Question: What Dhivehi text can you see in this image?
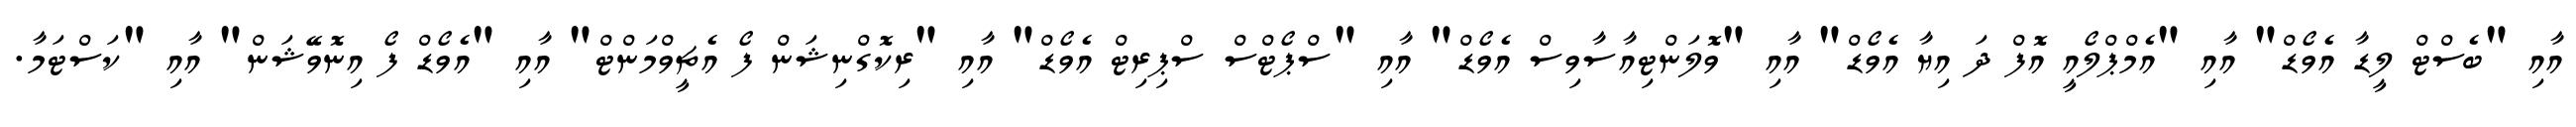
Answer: އާއި "ބެސްޓް ލީޑާ އެވޯޑް" އާއި "އެމްޕްލޯއީ އޮފް ދަ އިޔާ އެވޯޑް" އާއި "ވޮލަންޓިއާސާވިސް އެވޯޑް" އާއި "ސްޕޯޓްސް ސްޕިރިޓް އެވޯޑް" އާއި "ރިކޮގްނިޝަން ފޯ އެޗީވްމަންޓް" އާއި "އެވޯޑް ފޯ އިނޮވޭޝަން" އާއި "ކަސްޓަމާ.